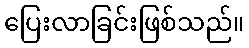
ပြေးလာခြင်းဖြစ်သည်။